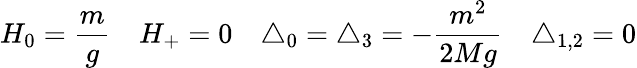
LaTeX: H_{0}=\frac{m}{g}\ \ \ \ H_{+}=0\ \ \ \ \triangle_{0}=\triangle_{3}=-\frac{m^{2}}{2Mg}\ \ \ \ \triangle_{1,2}=0